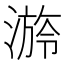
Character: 𣻒